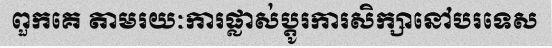
ពួកគេ តាមរយៈការផ្លាស់ប្តូរការសិក្សានៅបរទេស